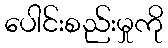
ပေါင်းစည်းမှုကို